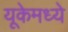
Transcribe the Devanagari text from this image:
यूकेमध्ये